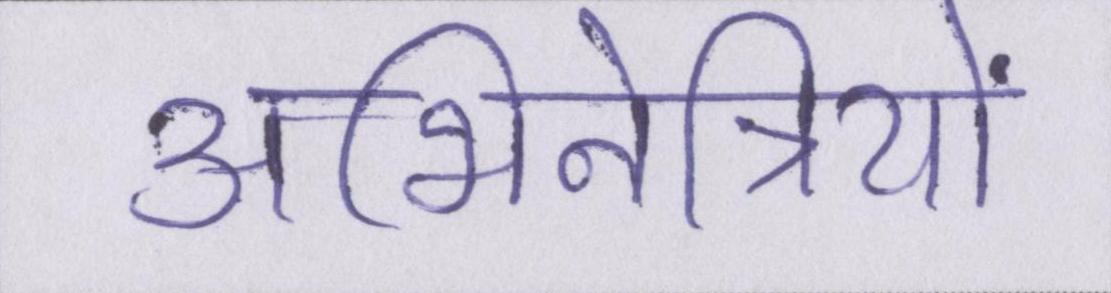
अभिनेत्रियों